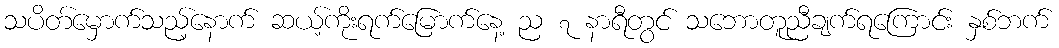
သပိတ်မှောက်သည့်နောက် ဆယ့်ကိုးရက်မြောက်နေ့ ည ၇ နာရီတွင် သဘောတူညီချက်ရကြောင်း နှစ်ဘက်